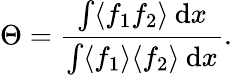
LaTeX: \Theta=\frac{\int\langle f_{1}f_{2}\rangle\: \mathrm{d}x}{\int\langle f_{1}\rangle\langle f_{2}\rangle\: \mathrm{d}x}.